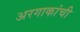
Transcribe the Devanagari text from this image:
अरगाकांची